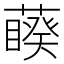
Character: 藈